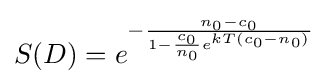
S(D)=e^{-{\frac {n_{0}-c_{0}}{1-{\frac {c_{0}}{n_{0}}}e^{kT(c_{0}-n_{0})}}}}